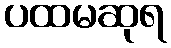
ပထမဆုရ